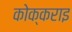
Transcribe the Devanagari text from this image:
कोक्कराइ